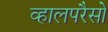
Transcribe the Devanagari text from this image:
व्हालपरैसो